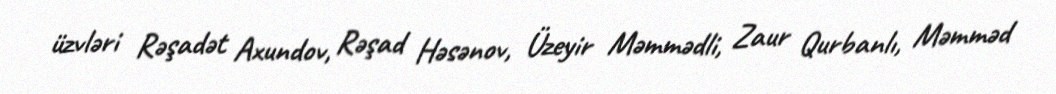
üzvləri Rəşadət Axundov, Rəşad Həsənov, Üzeyir Məmmədli, Zaur Qurbanlı, Məmməd